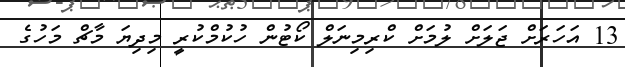
13 އަހަރަށް ޖަލަށް ލުމަށް ކްރިމިނަލް ކޯޓުން ހުކުމްކުރީ މިދިޔަ މާޗް މަހުގެ